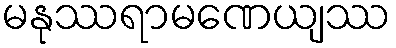
မနုဿရာမဏေယျဿ